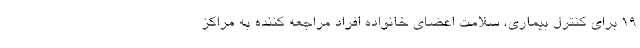
۱۹ برای کنترل بیماری، سلامت اعضای خانواده افراد مراجعه کننده به مراکز